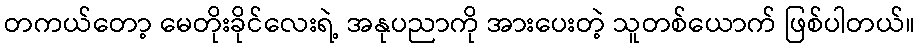
တကယ်တော့ မေတိုးခိုင်လေးရဲ့ အနုပညာကို အားပေးတဲ့ သူတစ်ယောက် ဖြစ်ပါတယ်။